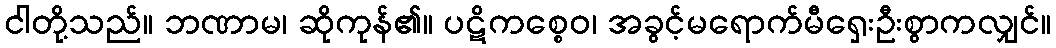
ငါတို့သည်။ ဘဏာမ၊ ဆိုကုန်၏။ ပဋိကစ္စေဝ၊ အခွင့်မရောက်မီရှေးဦးစွာကလျှင်။